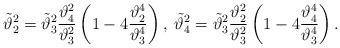
LaTeX: \begin{align*}\tilde\vartheta_2^2=\tilde\vartheta_3^2{\vartheta_4^2\over\vartheta_3^2}\left(1-4{\vartheta_2^4\over\vartheta_3^4}\right),\;\tilde\vartheta_4^2=\tilde\vartheta_3^2{\vartheta_2^2\over\vartheta_3^2}\left(1-4{\vartheta_4^4\over\vartheta_3^4}\right).\end{align*}